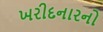
ખરીદનારનો